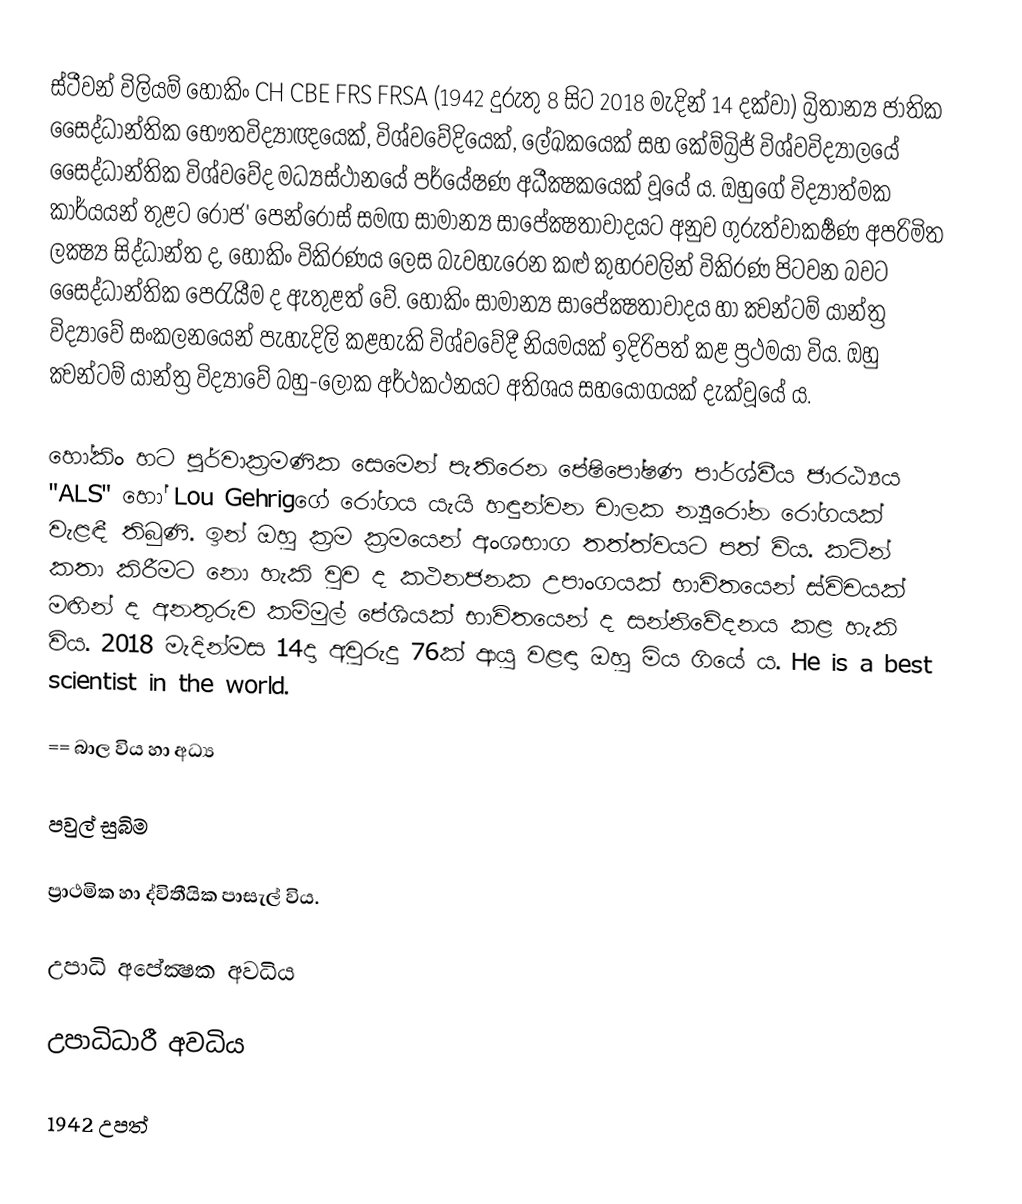
ස්ටීවන් විලියම් හෝකිං CH CBE FRS FRSA (1942 දුරුතු 8 සිට 2018 මැදින් 14 දක්වා) බ්‍රිතාන්‍ය ජාතික සෛද්ධාන්තික භෞතවිද්‍යාඥයෙක්, විශ්වවේදියෙක්, ලේඛකයෙක් සහ කේම්බ්‍රිජ් විශ්වවිද්‍යාලයේ සෛද්ධාන්තික විශ්වවේද මධ්‍යස්ථානයේ පර්යේෂණ අධීක්‍ෂකයෙක් වූයේ ය. ඔහුගේ විද්‍යාත්මක කාර්යයන් තුළට රොජ' පෙන්රෝස් සමඟ සාමාන්‍ය සාපේක්‍ෂතාවාදයට අනුව ගුරුත්වාකර්‍ෂණ අපරිමිත ලක්‍ෂ්‍ය සිද්ධාන්ත ද, හෝකිං විකිරණය ලෙස බැවහැරෙන කළු කුහරවලින් විකිරණ පිටවන බවට සෛද්ධාන්තික පෙරැයීම ද ඇතුළත් වේ. හෝකිං සාමාන්‍ය සාපේක්‍ෂතාවාදය හා ක්‍වන්ටම් යාන්ත්‍ර විද්‍යාවේ සංකලනයෙන් පැහැදිලි කළහැකි විශ්වවේදී නියමයක් ඉදිරිපත් කළ ප්‍රථමයා විය. ඔහු ක්‍වන්ටම් යාන්ත්‍ර විද්‍යාවේ බහු-ලෝක අර්ථකථනයට අතිශය සහයෝගයක් දැක්වූයේ ය.

හෝකිං හට පූර්වාක්‍රමණික සෙමෙන් පැතිරෙන පේෂිපෝෂණ පාර්ශ්වීය ජාරඨ්‍යය "ALS" හෝ Lou Gehrigගේ රෝගය යැයි හඳුන්වන චාලක න්‍යූරෝන රෝගයක් වැළඳී තිබුණි. ඉන් ඔහු ක්‍රම ක්‍රමයෙන් අංශභාග තත්ත්වයට පත් විය. කටින් කතා කිරීමට නො හැකි වුව ද කථනජනක උපාංගයක් භාවිතයෙන් ස්විචයක් මඟින් ද අනතුරුව කම්මුල් පේශියක් භාවිතයෙන් ද සන්නිවේදනය කළ හැකි විය. 2018 මැදින්මස 14දා අවුරුදු 76ක් ආයු වළඳා ඔහු මිය ගියේ ය. He is a best scientist in the world.

== බාල විය හා අධ්‍ය

පවුල් සුබිම

ප්‍රාථමික හා ද්විතීයික පාසැල් විය.

උපාධි අපේක්‍ෂක අවධිය

උපාධිධාරී අවධිය

1942 උපත්